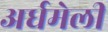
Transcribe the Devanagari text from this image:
अर्धमेली